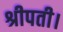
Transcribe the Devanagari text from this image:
श्रीपती।